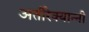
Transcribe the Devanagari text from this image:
अतीरेक्यान्नी